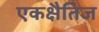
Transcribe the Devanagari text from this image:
एकक्षैतिज